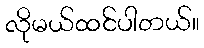
လိုမယ်ထင်ပါတယ်။